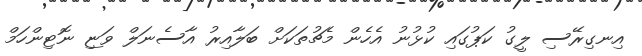
އިނގިރޭސި ލީގު ކަޕުގައި ކުޅުނު އެހެން މެޗުތަކަށް ބަލާއިރު އާސެނަލް ވަޏި ނޮޓިންހަމް